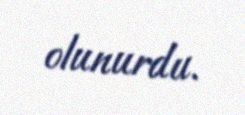
olunurdu.